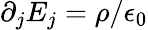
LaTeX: \partial_{j}E_{j}=\rho/\epsilon_{0}